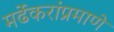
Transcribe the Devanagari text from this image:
मर्ढेकरांप्रमाणे